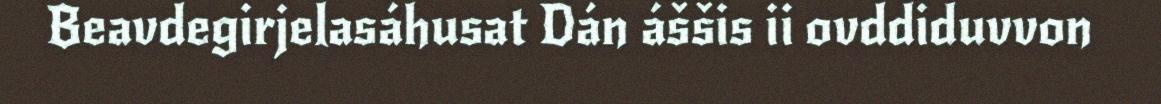
Beavdegirjelasáhusat Dán áššis ii ovddiduvvon